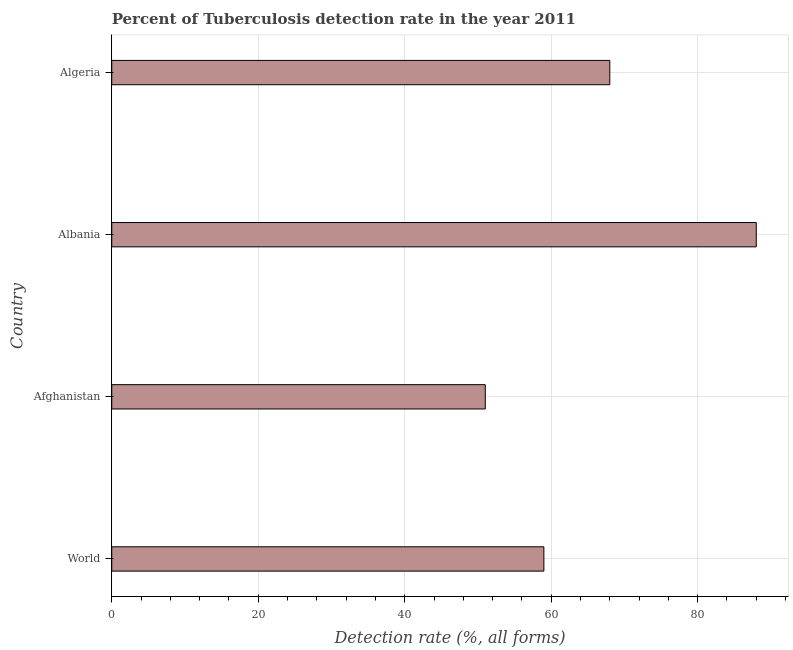
| Country | Tuberculosis case detection rate |
 | --- | --- |
 | World | 59 |
 | Afghanistan | 51 |
 | Albania | 88 |
 | Algeria | 68 |